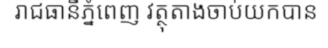
រាជធានីភ្នំពេញ វត្ថុតាងចាប់យកបាន